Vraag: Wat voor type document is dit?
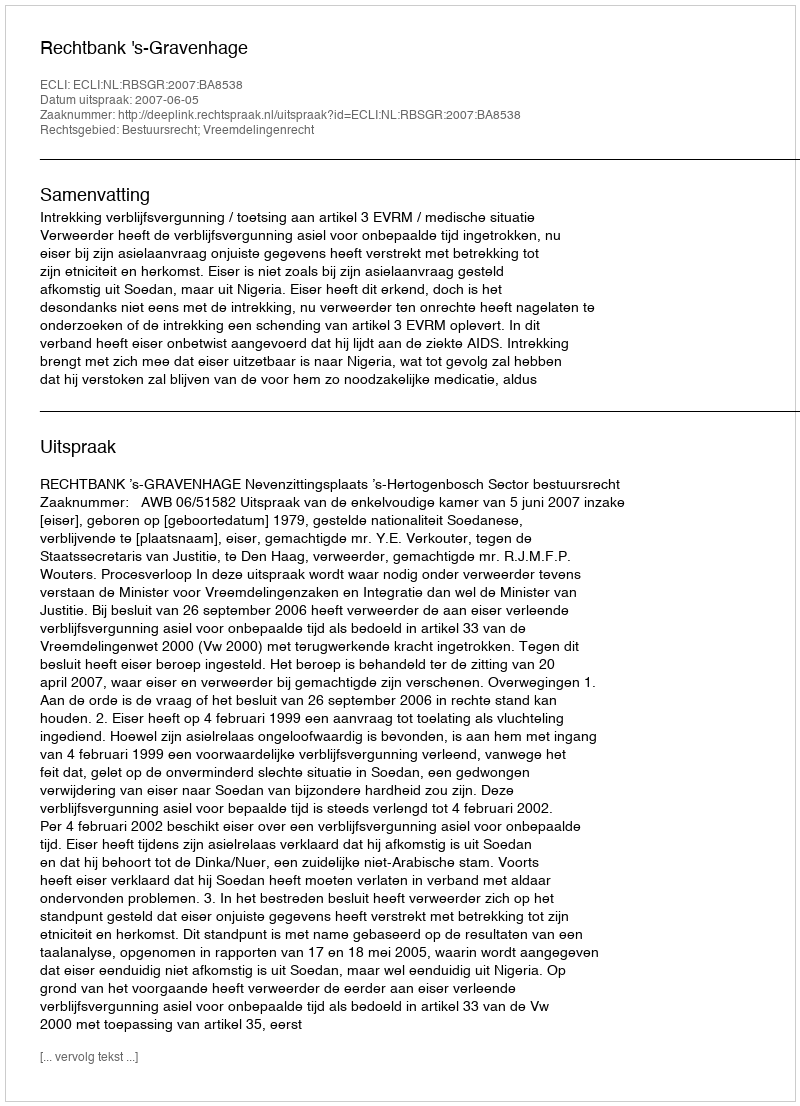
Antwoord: Uitspraak